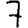
Digit: 7